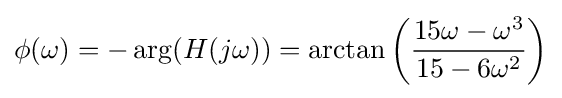
\phi (\omega )=-\arg(H(j\omega ))=\arctan \left({\frac {15\omega -\omega ^{3}}{15-6\omega ^{2}}}\right)